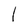
Character: l